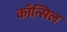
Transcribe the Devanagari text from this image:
काँन्सिल